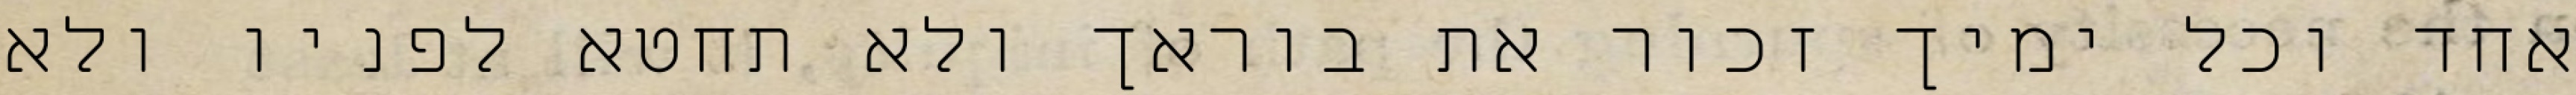
אחד וכל ימיך זכור את בוראך ולא תחטא לפניו ולא